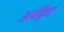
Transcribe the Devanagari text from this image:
आर्यीकृत